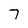
Character: 7